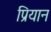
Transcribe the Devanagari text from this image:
प्रियान